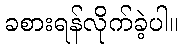
ခစားရန်လိုက်ခဲ့ပါ။